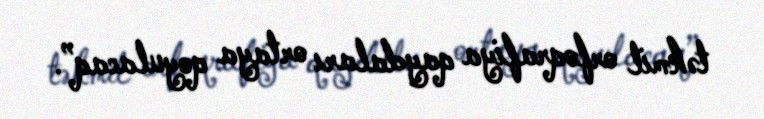
təkmil orfoqrafiya qaydaları ortaya qoyulacaq”.